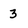
Character: 3